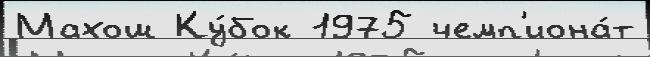
Махош Ку́бок 1975 чемп'иона́т